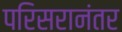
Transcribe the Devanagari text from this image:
परिसरानंतर